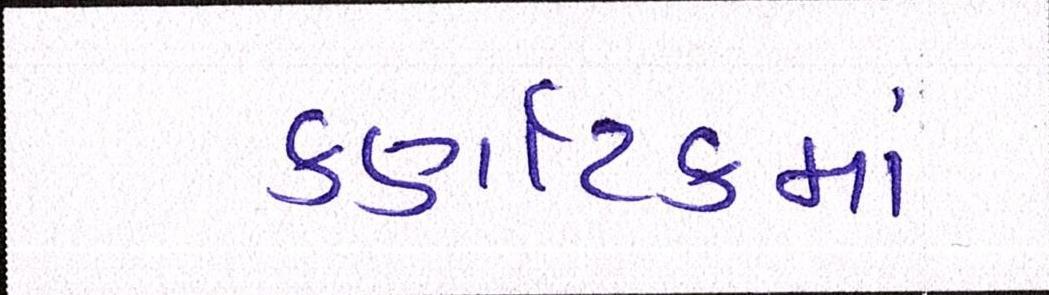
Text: કર્ણાટકમાં